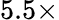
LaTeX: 5.5\times